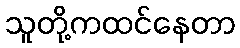
သူတို့ကထင်နေတာ